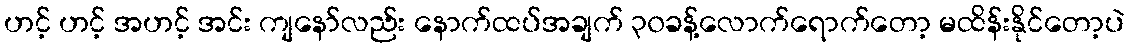
ဟင့် ဟင့် အဟင့် အင်း ကျနော်လည်း နောက်ထပ်အချက် ၃၀ခန့်လောက်ရောက်တော့ မထိန်းနိုင်တော့ပဲ